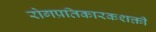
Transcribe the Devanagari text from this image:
रोगप्रतिकारकशक्ती